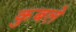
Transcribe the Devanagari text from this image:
कुबले